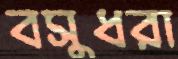
বসুধরা